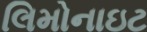
લિમોનાઇટ